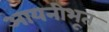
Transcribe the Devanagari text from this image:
आयनीभूत